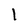
Character: I